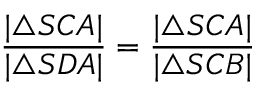
{ \frac { | \triangle S C A | } { | \triangle S D A | } } = { \frac { | \triangle S C A | } { | \triangle S C B | } }